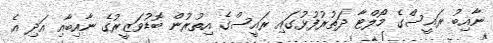
ނާއިބު ރައީސްގެ މޯލްޓާ ދަތުރުފުޅުގައި ރައީސްގެ އިތުރުން ބޮޑުވަޒީރުގެ ނާއިބާއި އަދި އެ